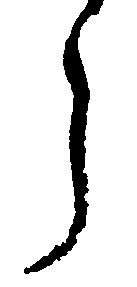
う